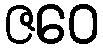
ဇဝေ